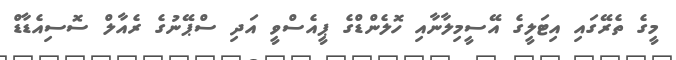
މީގެ ތެރޭގައި އިޓަލީގެ އޭސީމިލާނާއި ހޮލެންޑްގެ ޕީއެސްވީ އަދި ސްޕޭނުގެ ރެއާލް ސޮސިއެޑާޑް